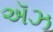
ઍઝ